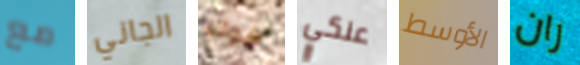
مع الجاني هوك عنكي الأوسط ران